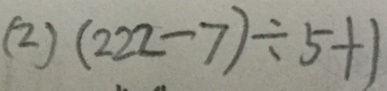
( 2 ) ( 2 2 2 - 7 ) \div 5 + 1